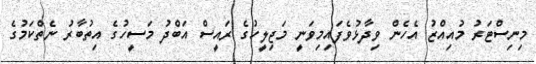
މިނިސްޓަރު މުއިއްޒު އެހެން ވިދާޅުވެފައިމިވަނީ މަޖިލީހުގެ ރައީސް އަބްދު މަސީހުގެ އިތުބާރު ނެތްކަމުގެ